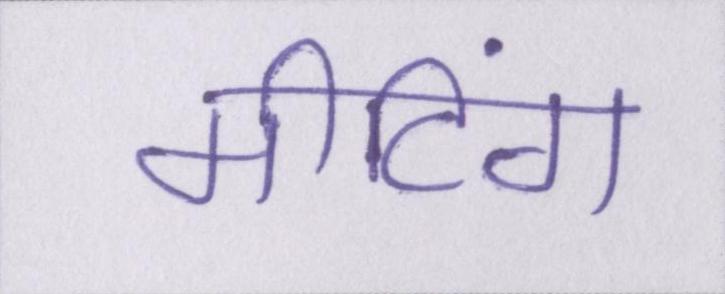
मीटिंग